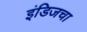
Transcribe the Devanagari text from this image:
इंडिजचा